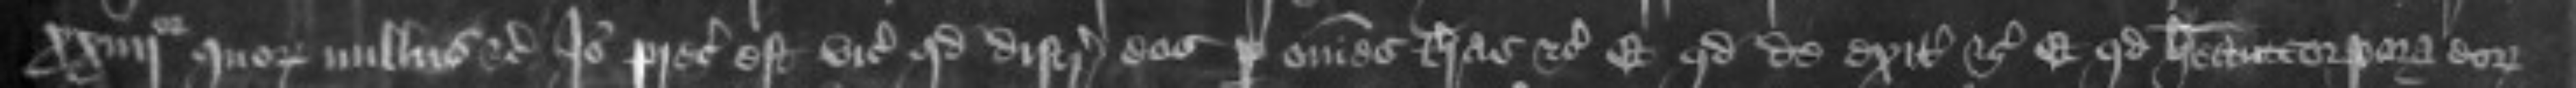
xxiiijor quorum nullus etc Ideo preceptum est vicecomitibus quod distringant eos per omnes terras etc Et quod de exitibus etc Et quod habeant corpora eorum